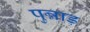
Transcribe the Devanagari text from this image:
पुन्नाड़